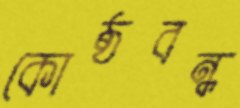
কোষ্ঠবন্ধ